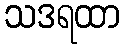
သဒရထာ